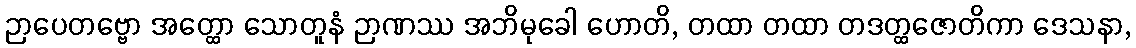
ဉာပေတဗ္ဗော အတ္ထော သောတူနံ ဉာဏဿ အဘိမုခေါ ဟောတိ, တထာ တထာ တဒတ္ထဇောတိကာ ဒေသနာ,